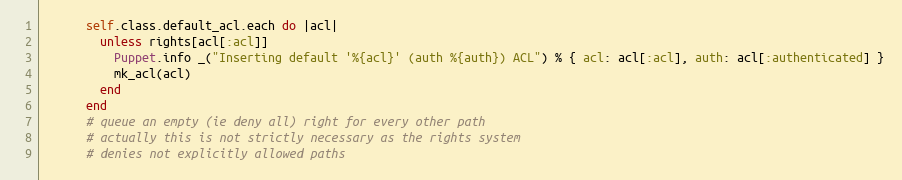
Language: Ruby
      self.class.default_acl.each do |acl|
        unless rights[acl[:acl]]
          Puppet.info _("Inserting default '%{acl}' (auth %{auth}) ACL") % { acl: acl[:acl], auth: acl[:authenticated] }
          mk_acl(acl)
        end
      end
      # queue an empty (ie deny all) right for every other path
      # actually this is not strictly necessary as the rights system
      # denies not explicitly allowed paths